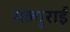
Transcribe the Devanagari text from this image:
मल्गुराई